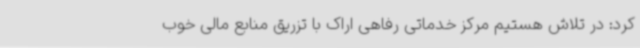
کرد: در تلاش هستیم مرکز خدماتی رفاهی اراک با تزریق منابع مالی خوب